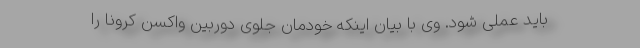
باید عملی شود. وی با بیان اینکه خودمان جلوی دوربین واکسن کرونا را